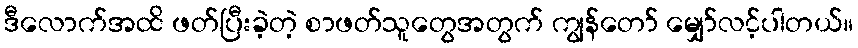
ဒီလောက်အထိ ဖတ်ပြီးခဲ့တဲ့ စာဖတ်သူတွေအတွက် ကျွန်တော် မျှော်လင့်ပါတယ်။